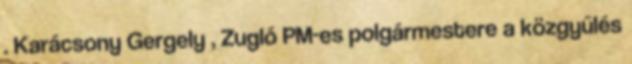
. Karácsony Gergely , Zugló PM-es polgármestere a közgyűlés